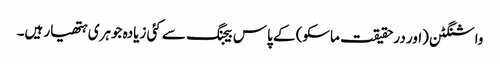
واشنگٹن (اور درحقیقت ماسکو) کے پاس بیجنگ سے کئی زیادہ جوہری ہتھیار ہیں۔